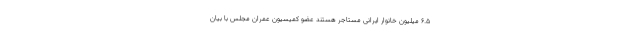
۶.۵ میلیون خانوار ایرانی مستاجر هستند عضو کمیسیون عمران مجلس با بیان